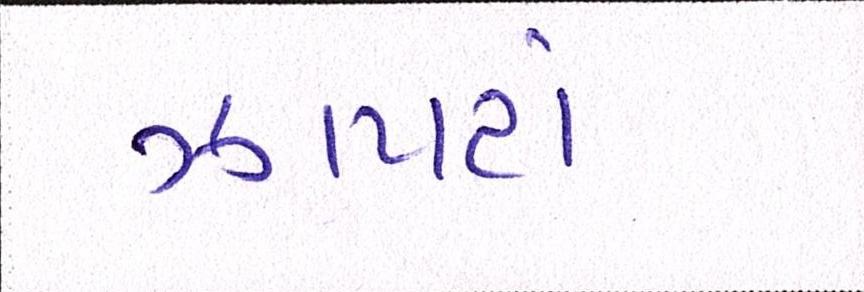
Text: ઝાપટાં